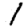
Digit: 1